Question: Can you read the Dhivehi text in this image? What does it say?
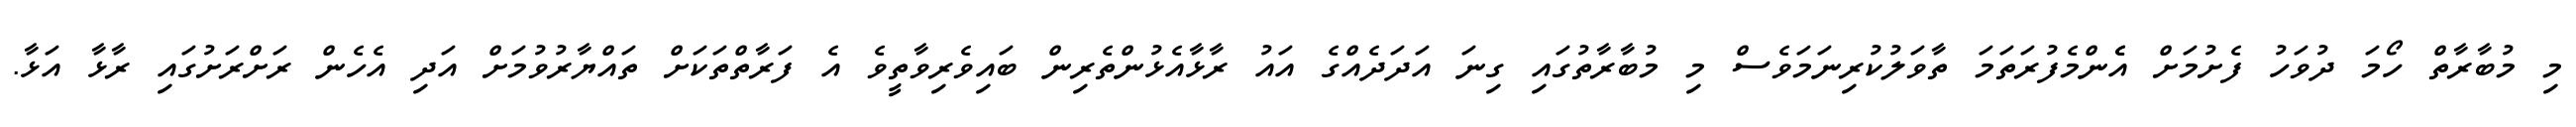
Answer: މި މުބާރާތް ހޯމަ ދުވަހު ފެށުމަށް އެެންމެފުރަތަމަ ތާވަލުކުރިނަމަވެސް މި މުބާރާތުގައި ގިނަ އަދަދެއްގެ އައު ރާޅާއެޅުންތެރިން ބައިވެރިވާތީވެ އެ ފަރާތްތަކަށް ތައްޔާރުވުމަށް އަދި އެހެން ރަށްރަށުގައި ރާޅާ އަޅާ.